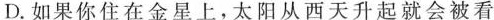
D.如果你住在金星上，太阳从西天升起就会被看